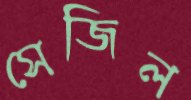
সেজিল